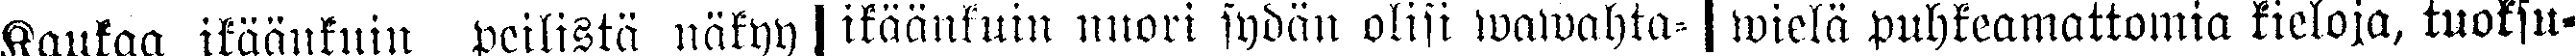
Kaukaa ikäänkuin peilistä näkyy  ikäänkuin nuori sydän olisi wawahta-  wielä puhkeamattomia kieloja, tuoksu-